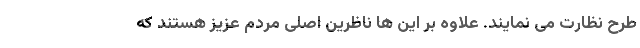
طرح نظارت می نمایند. علاوه بر این ها ناظرین اصلی مردم عزیز هستند که